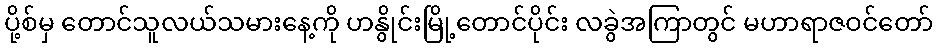
ပို့စ်မှ တောင်သူလယ်သမားနေ့ကို ဟနွိုင်းမြို့တောင်ပိုင်း လခွဲအကြာတွင် မဟာရာဇဝင်တော်